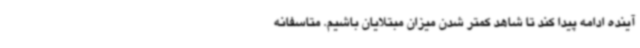
آینده ادامه پیدا کند تا شاهد کمتر شدن میزان مبتلایان باشیم. متاسفانه